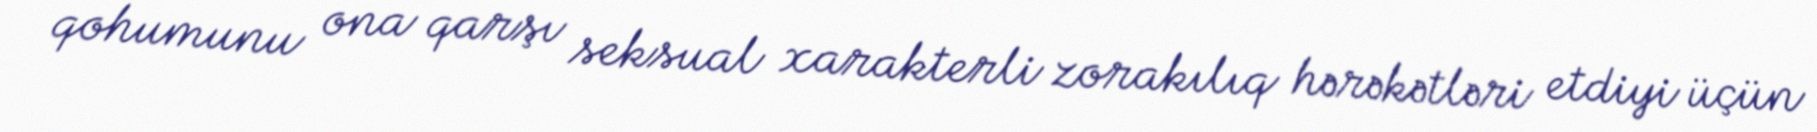
qohumunu ona qarşı seksual xarakterli zorakılıq hərəkətləri etdiyi üçün